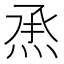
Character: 𤉋